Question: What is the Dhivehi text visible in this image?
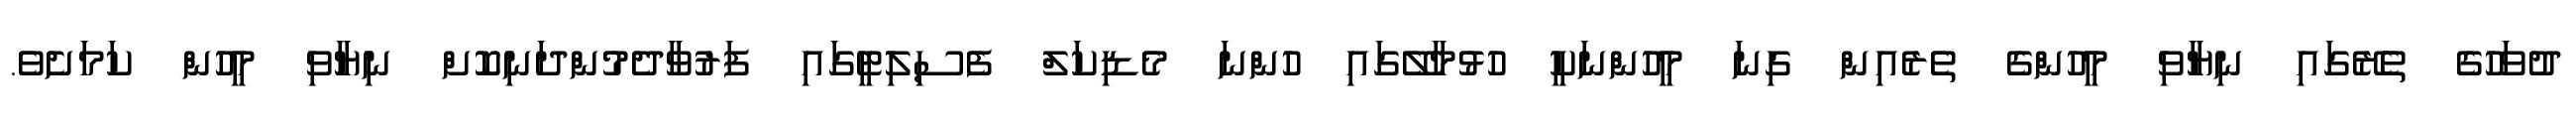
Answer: ދުވަހުގެ ތެރޭގައި ނިޔާވި މީހުންގެ ތެރެއިން ގިނަ މީހުންނަކީ ހުޅުމާލޭގައި ހުންނަ މެޑިކަލް ފެސިލިޓީގައި ފަރުވާދެމުންދަނިކޮށް ނިޔާވި މީހުން ކަމަށެވެ.